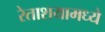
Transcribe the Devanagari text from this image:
रेताशयामध्ये